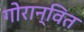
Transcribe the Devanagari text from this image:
गोरान्वित